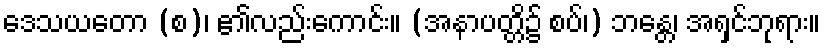
ဒေသယတော (စ)၊ ၏လည်းကောင်း။ (အနာပတ္တိ၌ စပ်၊) ဘန္တေ၊ အရှင်ဘုရား။